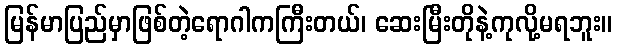
မြန်မာပြည်မှာဖြစ်တဲ့ရောဂါကကြီးတယ်၊ ဆေးမြီးတိုနဲ့ကုလို့မရဘူး။